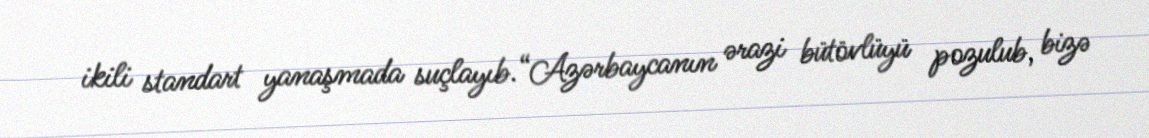
ikili standart yanaşmada suçlayıb.“Azərbaycanın ərazi bütövlüyü pozulub, bizə